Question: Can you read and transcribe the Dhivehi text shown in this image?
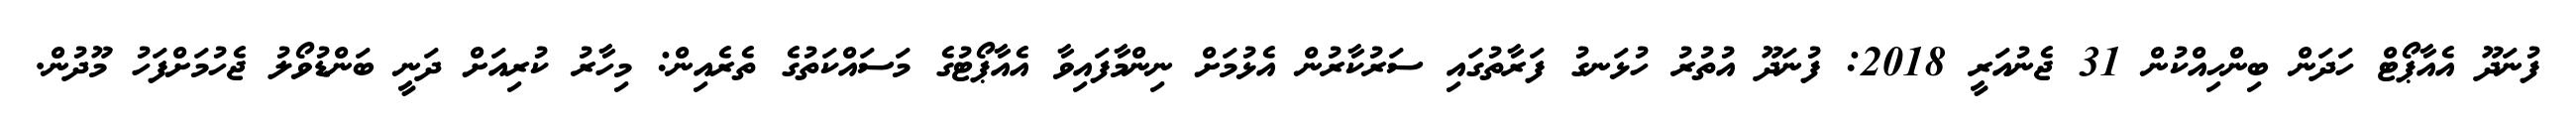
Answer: ފުނަދޫ އެއާޕޯޓް ހަދަން ބިންހިއްކުން 31 ޖެނުއަރީ 2018: ފުނަދޫ އުތުރު ހުޅަނގު ފަރާތުގައި ސަރުކާރުން އެޅުމަށް ނިންމާފައިވާ އެއާޕޯޓުގެ މަސައްކަތުގެ ތެރެއިން: މިހާރު ކުރިއަށް ދަނީ ބަންޑުވޯލު ޖެހުމަށްފަހު މޫދުން.